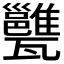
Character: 𤮲